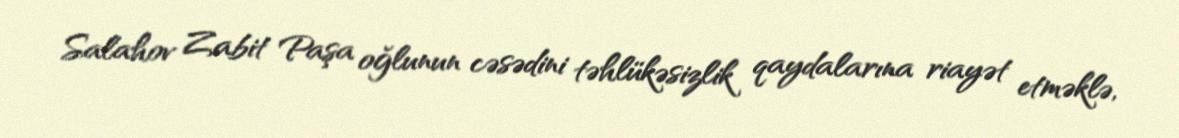
Salahov Zabit Paşa oğlunun cəsədini təhlükəsizlik qaydalarına riayət etməklə,